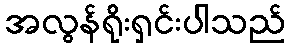
အလွန်ရိုးရှင်းပါသည်